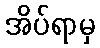
အိပ်ရာမှ